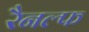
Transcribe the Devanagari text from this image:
रैनल्फ